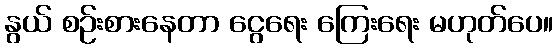
နွယ် စဉ်းစားနေတာ ငွေရေး ကြေးရေး မဟုတ်ပေ။